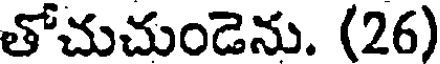
తోచుచుండెను. (26)